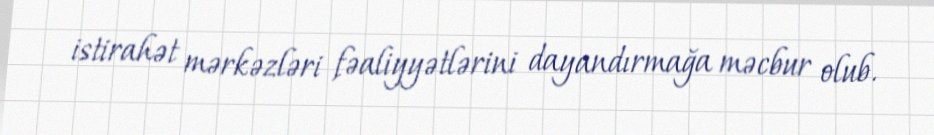
istirahət mərkəzləri fəaliyyətlərini dayandırmağa məcbur olub.